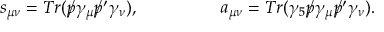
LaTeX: s _ { \mu \nu } = T r ( \rlap / p \gamma _ { \mu } \rlap / p ^ { \prime } \gamma _ { \nu } ) , \ ~ ~ ~ ~ ~ \ ~ ~ ~ ~ ~ ~ \ a _ { \mu \nu } = T r ( \gamma _ { 5 } \rlap / p \gamma _ { \mu } \rlap / p ^ { \prime } \gamma _ { \nu } ) .